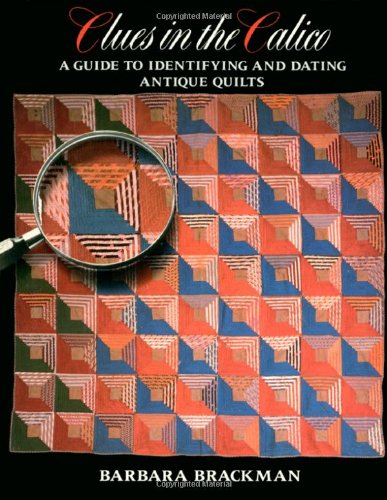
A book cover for Clues in the Calico: A Guide to Identifying and Dating Antique Quilts; Barbara Brackman; Crafts, Hobbies & Home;